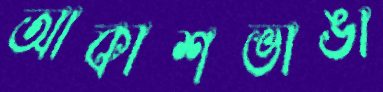
আকাশভাঙা